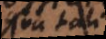
qua tali